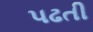
પઢતી